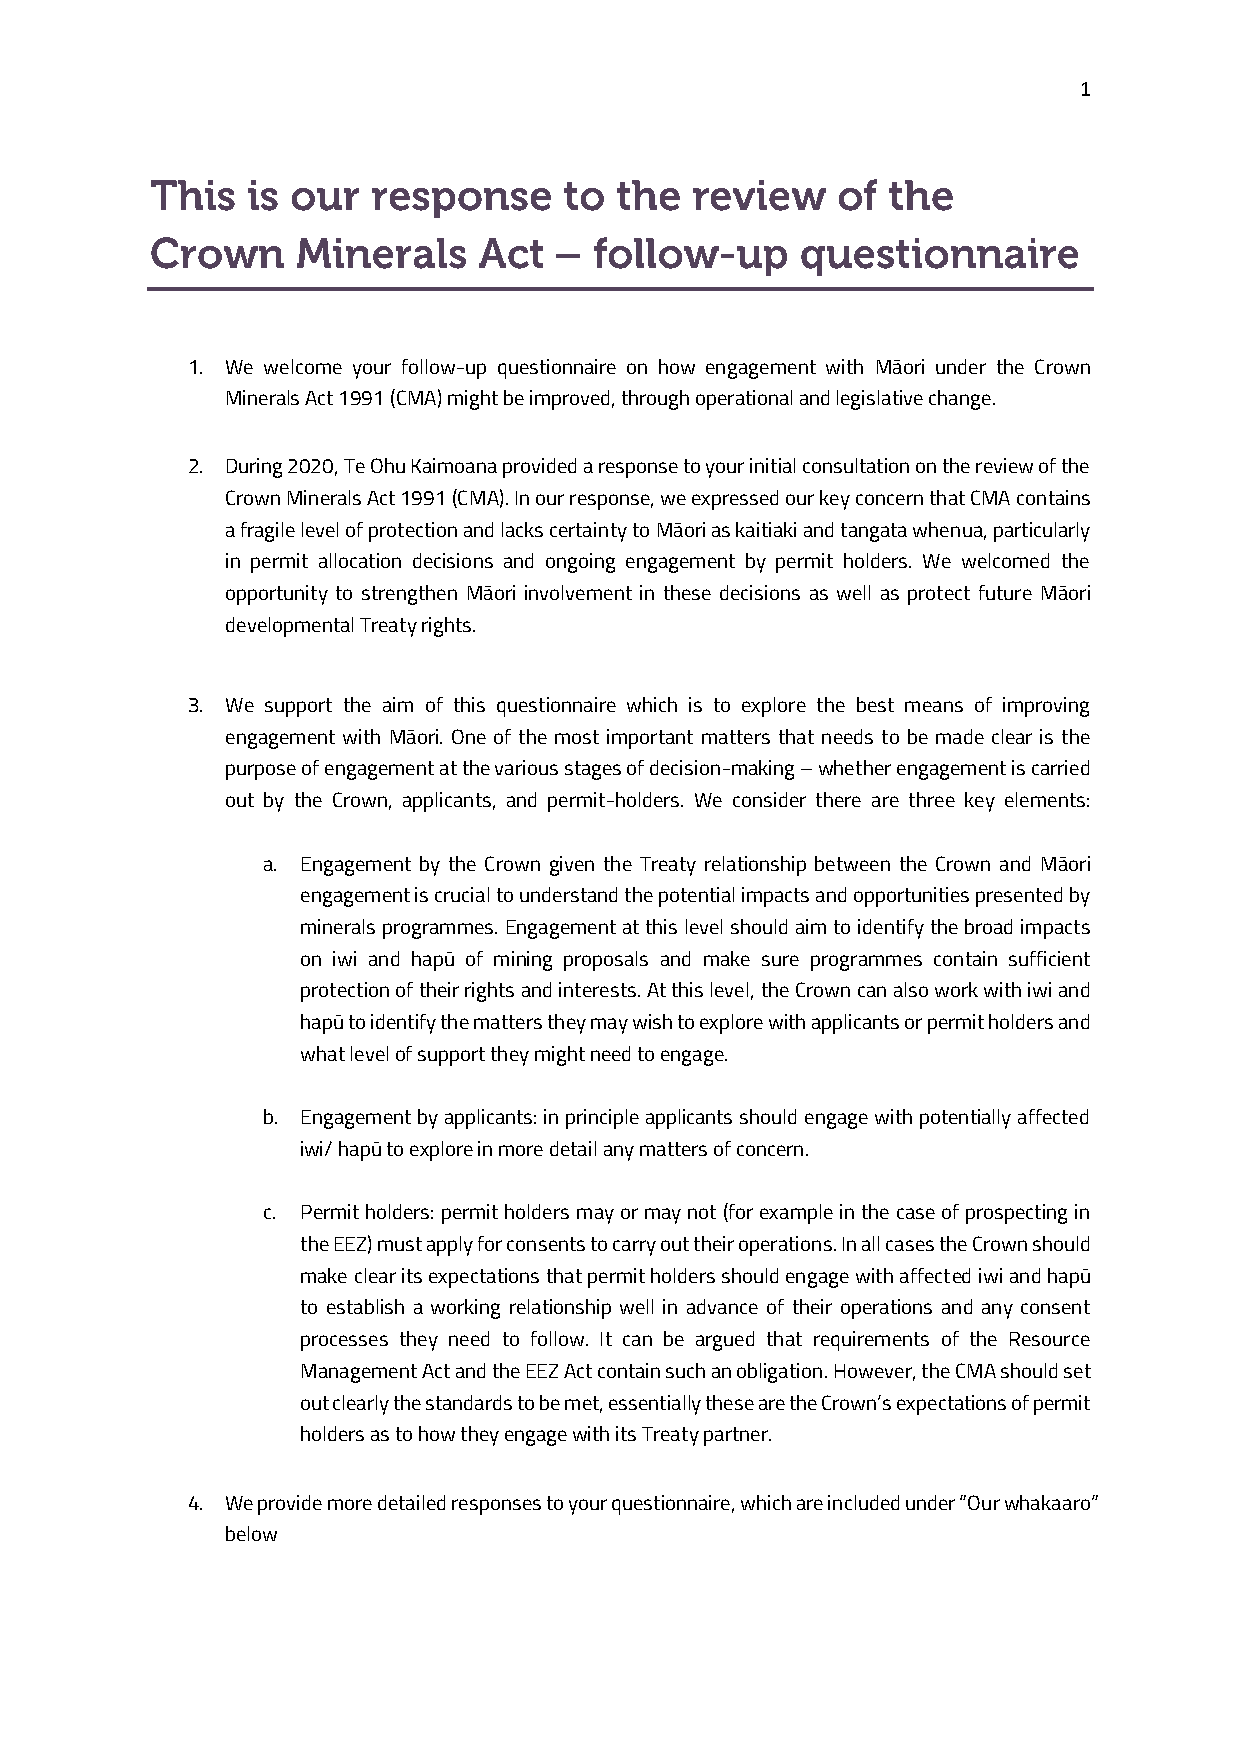
1
 1. We welcome your follow-up questionnaire on how engagement with Māori under the Crown
 Minerals Act 1991 (CMA) might be improved, through operational and legislative change.
 2. During 2020, Te Ohu Kaimoana provided a response to your initial consultation on the review of the
 Crown Minerals Act 1991 (CMA). In our response, we expressed our key concern that CMA contains
 a fragile level of protection and lacks certainty to Māori as kaitiaki and tangata whenua, particularly
 in permit allocation decisions and ongoing engagement by permit holders. We welcomed the
 opportunity to strengthen Māori involvement in these decisions as well as protect future Māori
 developmental Treaty rights.
 3. We support the aim of this questionnaire which is to explore the best means of improving
 engagement with Māori. One of the most important matters that needs to be made clear is the
 purpose of engagement at the various stages of decision-making – whether engagement is carried
 out by the Crown, applicants, and permit-holders. We consider there are three key elements:
 a. Engagement by the Crown given the Treaty relationship between the Crown and Māori
 engagement is crucial to understand the potential impacts and opportunities presented by
 minerals programmes. Engagement at this level should aim to identify the broad impacts
 on iwi and hapū of mining proposals and make sure programmes contain sufficient
 protection of their rights and interests. At this level, the Crown can also work with iwi and
 hapū to identify the matters they may wish to explore with applicants or permit holders and
 what level of support they might need to engage.
 b. Engagement by applicants: in principle applicants should engage with potentially affected
 iwi/ hapū to explore in more detail any matters of concern.
 c. Permit holders: permit holders may or may not (for example in the case of prospecting in
 the EEZ) must apply for consents to carry out their operations. In all cases the Crown should
 make clear its expectations that permit holders should engage with affected iwi and hapū
 to establish a working relationship well in advance of their operations and any consent
 processes they need to follow. It can be argued that requirements of the Resource
 Management Act and the EEZ Act contain such an obligation. However, the CMA should set
 out clearly the standards to be met, essentially these are the Crown’s expectations of permit
 holders as to how they engage with its Treaty partner.
 4. We provide more detailed responses to your questionnaire, which are included under “Our whakaaro”
 below